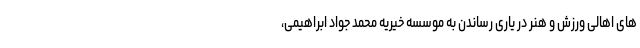
های اهالی ورزش و هنر در یاری رساندن به موسسه خیریه محمد جواد ابراهیمی،